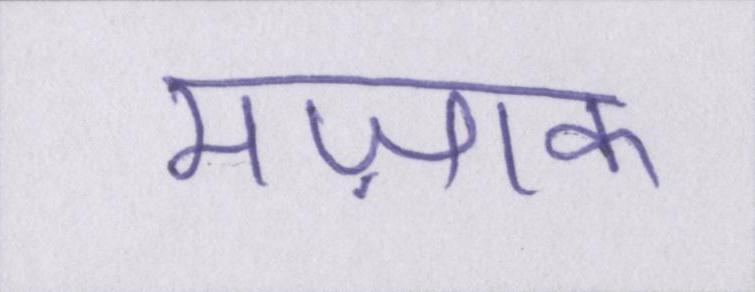
मज़ाक